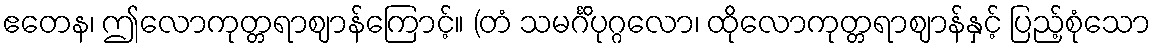
ဧတေန၊ ဤလောကုတ္တရာဈာန်ကြောင့်။ (တံ သမင်္ဂိပုဂ္ဂလော၊ ထိုလောကုတ္တရာဈာန်နှင့် ပြည့်စုံသော